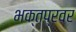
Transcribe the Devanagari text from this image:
भक्तप्रवर